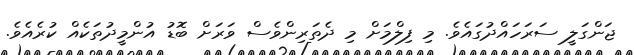
ޖަންގަލީ ސަރަހައްދުގައެވެ. މި ފިލްމަށް މި ދެތަރިންވެސް ވަރަށް ބޮޑު އުންމީދުތަކެއް ކުރެއެވެ.